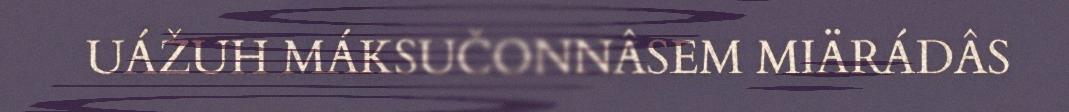
UÁŽUH MÁKSUČONNÂSEM MIÄRÁDÂS